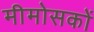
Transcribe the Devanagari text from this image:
मीमोसकों